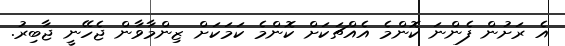
އެ ރަށުން ފެންނަ ކޮންމެ އެއްޗަކަށް ކޮންމެ ކަމަކަށް ޒިންމާވާން ޖެހޭނީ ޖާބިރު.